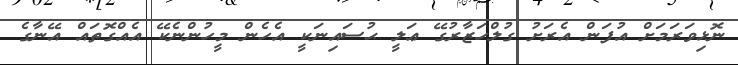
ނޮޅިވަރަމަށް އުފަން އެރަށު ގުލްހަޒާރުގޭ ޢަލީ ޙުސައިނަކީ އެހެން މީހުންނެކޭ އެއްގޮތައް އޭނާގެ